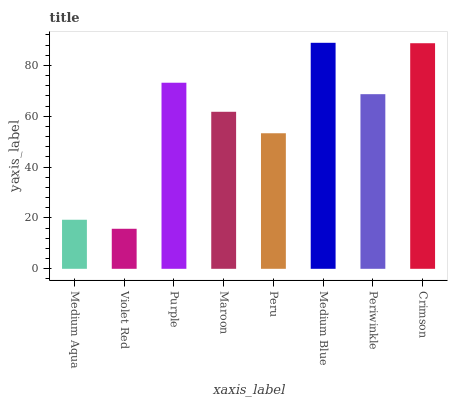
| xaxis_label | bars |
 | --- | --- |
 | Medium Aqua | 19.3 |
 | Violet Red | 15.8 |
 | Purple | 73.2 |
 | Maroon | 61.8 |
 | Peru | 53.3 |
 | Medium Blue | 88.9 |
 | Periwinkle | 68.7 |
 | Crimson | 88.7 |